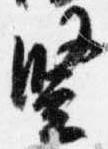
豎